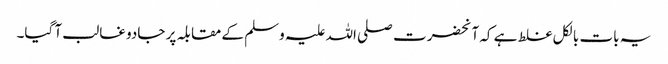
یہ بات بالکل غلط ہے کہ آنحضرت صلی اللہ علیہ وسلم کے مقابلہ پر جادو غالب آ گیا۔